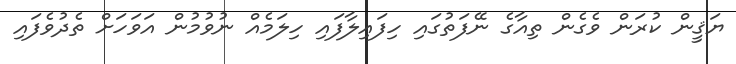
ޔަޤީން ކުރަން ވެގެން ތިއާގެ ނޭފަތުގައި ހިފައިލާފައި ހިލަމެއް ނުވުމުން އަވަހަށް ތެދުވެފައި